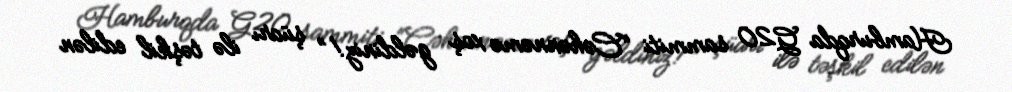
Hamburqda G20 sammiti “Cəhənnəmə xoş gəldiniz!” şüarı ilə təşkil edilən